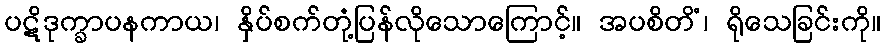
ပဋိဒုက္ခာပနကာယ၊ နှိပ်စက်တုံ့ပြန်လိုသောကြောင့်။ အပစိတိံ၊ ရိုသေခြင်းကို။